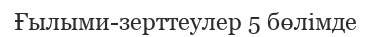
Ғылыми-зерттеулер 5 бөлімде